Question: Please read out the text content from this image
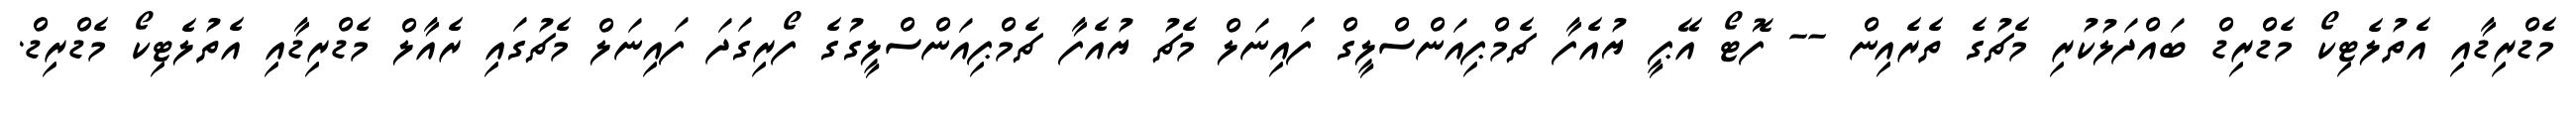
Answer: މެޑްރިޑާއި އެތުލެޓިކޯ މެޑްރިޑް ބައްދަލުކުރި މެޗުގެ ތެރެއިން -- ފޮޓޯ އޭޕީ ޔުއެފާ ޗެމްޕިއަންސްލީގް ފައިނަލް މެޗު ޔުއެފާ ޗެމްޕިއަންސްލީގުގެ ފޯރިގަދަ ފައިނަލް މެޗުގައި ރެއާލް މެޑްރިޑާއި އެތުލެޓިކޯ މެޑްރިޑް.